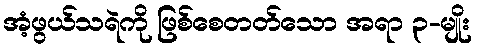
အံ့ဖွယ်သရဲကို ဖြစ်စေတတ်သော အရာ ၃-မျိုး